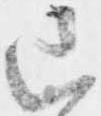
已